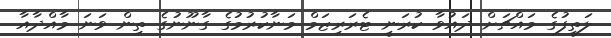
ލަތީފުގެ މައްޗަށް ދައުވާ ކުރަނީ ޓެރަރިޒަމް މަނާކުރުމުގެ ގާނޫނުގެ ތިން ވަނަ މާއްދާއާ